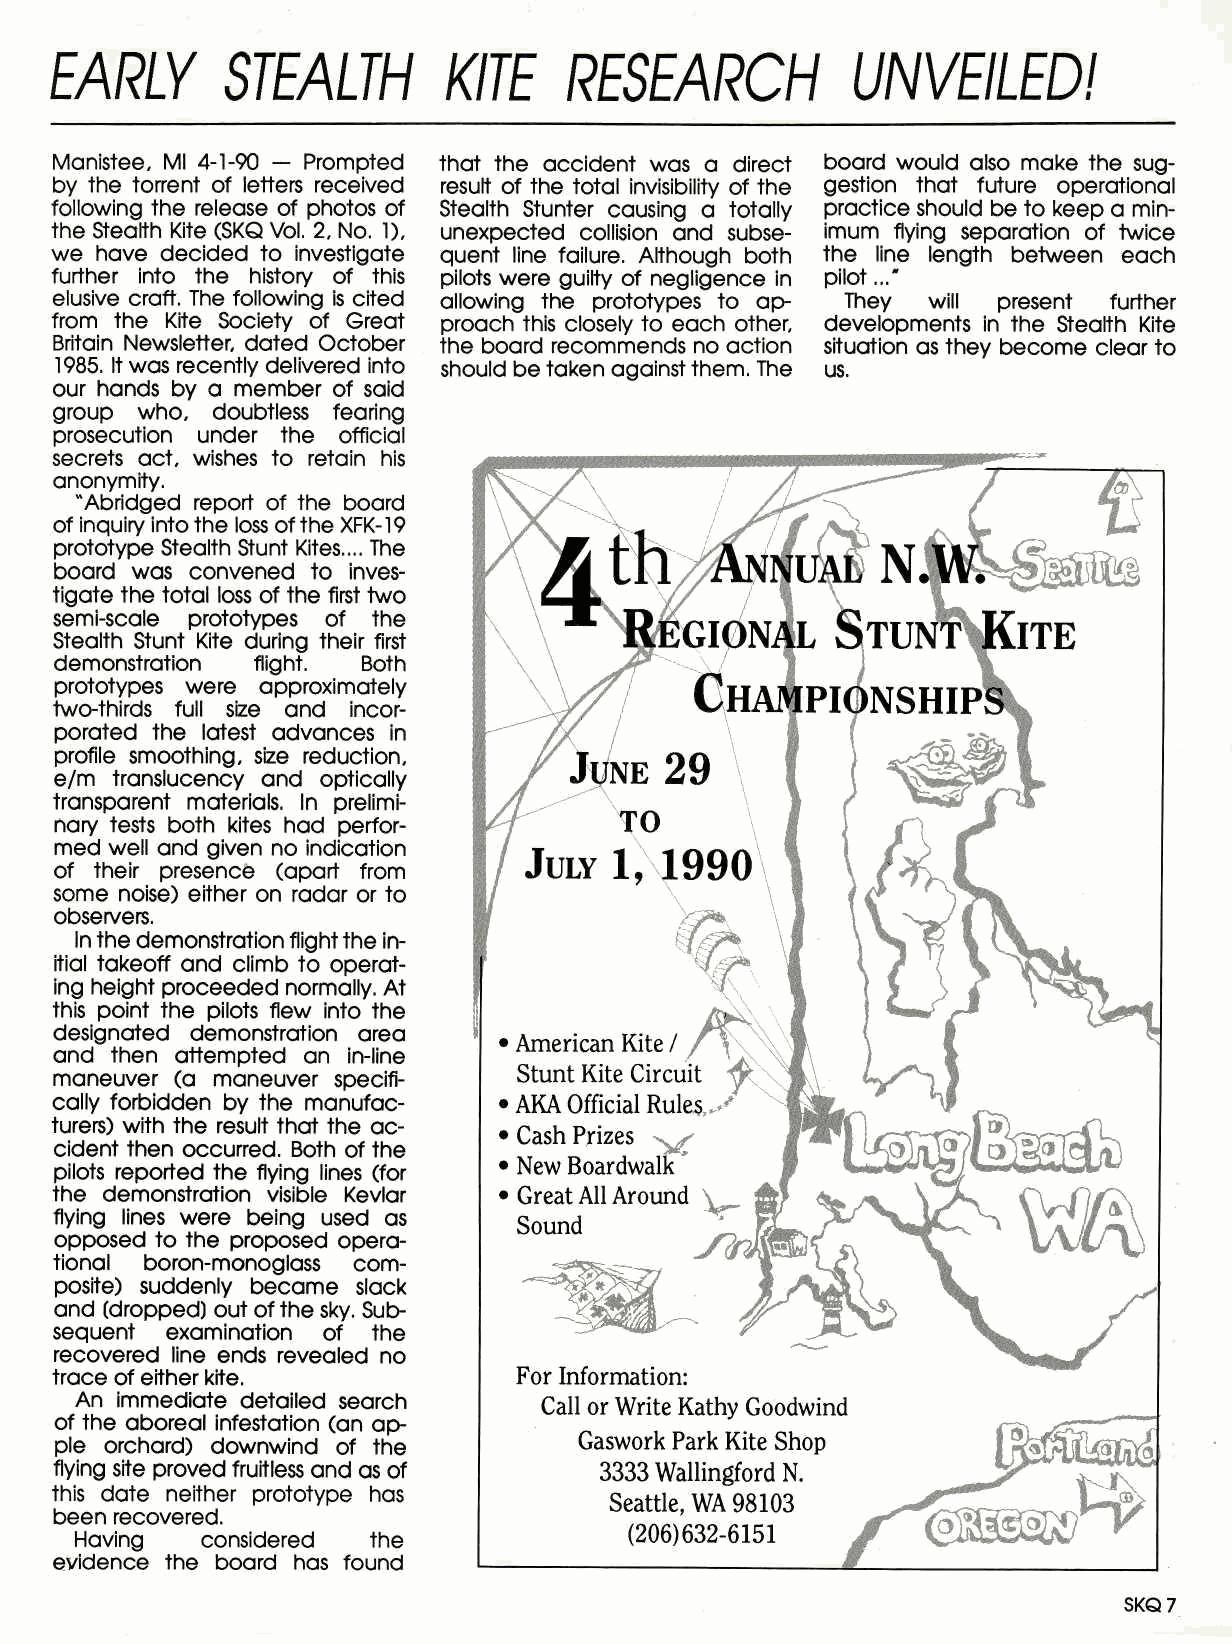
EARLY       STEALTH       KITE      RESEARCH         UNVEILED!
 Manistee, MI 4-1-90 - Prompted that the accident was a direct board would also make the sug-
 by the torrent of letters received result of the total invisibility of the gestion that future operational
 following the release of photos of Stealth Stunter causing a totally practice should be to keep a min-
 the Stealth Kite (SKQ Vol. 2, No. 1), unexpected collision and subse- imum flying separation of twice
 we have decided to investigate quent line failure. Although both the line length between each
 further into the history of this pilots were guilty of negligence in pilot ..."
 elusive craft. The following is cited allowing the prototypes to ap- They will present further
 from the Kite Society of Great proach this closely to each other, developments in the Stealth Kite
 Britain Newsletter, dated October the board recommends no action situation as they become clear to
 1985. It was recently delivered into should be taken against them. The us.
 our hands by a member of said
 group who, doubtless fearing
 prosecution under the official
 secrets act, wishes to retain his
 anonymity.
 "Abridged report of the board
 of inquiry into the loss of the XFK-19
 prototype Stealth Stunt Kites.... The
 board was convened to inves-
 tigate the total loss of the first two
 semi-scale prototypes of the
 Stealth Stunt Kite during their first
 demonstration flight. Both
 prototypes were approximately
 two-thirds full size and incor-
 porated the latest advances in
 profile smoothing, size reduction,
 e/m translucency and optically
 transparent materials. In prelimi-
 nary tests both kites had perfor-
 med well and given no indication
 of their presence (apart from
 some noise) either on radar or to
 observers.
 In the demonstration flight the in-
 itial takeoff and climb to operat-
 ing height proceeded normally. At
 this point the pilots flew into the
 designated demonstration area
 and then attempted an in-line
 maneuver (a maneuver specifi-
 cally forbidden by the manufac-
 turers) with the result that the ac-
 cident then occurred. Both of the
 pilots reported the flying lines (for
 the demonstration visible Kevlar
 flying lines were being used as
 opposed to the proposed opera-
 tional boron-monoglass com-
 posite) suddenly became slack
 and (dropped) out of the sky. Sub-
 sequent examination of the
 recovered line ends revealed no
 trace of either kite.
 An immediate detailed search
 of the aboreal infestation (an ap-
 ple orchard) downwind of the
 flying site proved fruitless and as of
 this date neither prototype has
 been recovered.
 Having  considered the
 evidence the board has found